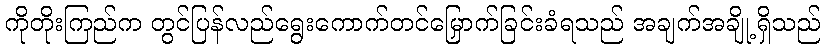
ကိုတိုးကြည်က တွင်ပြန်လည်ရွေးကောက်တင်မြှောက်ခြင်းခံရသည် အချက်အချို့ရှိသည်